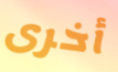
أخرى